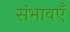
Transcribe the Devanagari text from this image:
संभावएँ